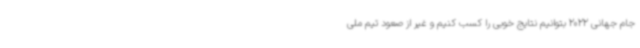
جام جهانی 2022 بتوانیم نتایج خوبی را کسب کنیم و غیر از صعود تیم ملی